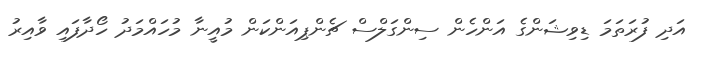
އަދި ފުރަތަމަ ޑިވިޝަންގެ އަންހެން ސިންގަލްސް ޗެންޕިއަންކަން މުއީނާ މުހައްމަދު ހޯދާފައި ވާއިރު